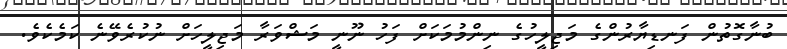
ބުނާގޮތުން ފަނޑިޔާރުންގެ މަޖިލީހުގެ ނިންމުމަކަށް ފަހު ނޫނީ މަޝްވަރާ މަޖިލީހަށް ނުކުރެވޭނެ ކަމެކެވެ.